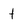
Character: t